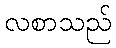
လစာသည်